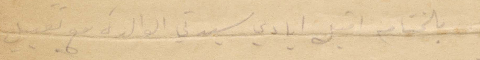
بالختام اقبل ايادي سيدتي الوالدة مع تقبيل